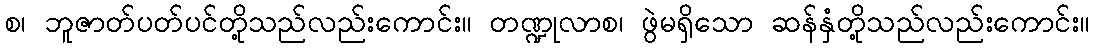
စ၊ ဘူဇာတ်ပတ်ပင်တို့သည်လည်းကောင်း။ တဏ္ဍုလာစ၊ ဖွဲမရှိသော ဆန်နှံတို့သည်လည်းကောင်း။